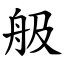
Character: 䑥